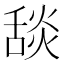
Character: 舕